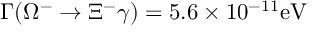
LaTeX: \Gamma ( \Omega ^ { - } \rightarrow \Xi ^ { - } \gamma ) = 5 . 6 \times 1 0 ^ { - 1 1 } \mathrm { e V }